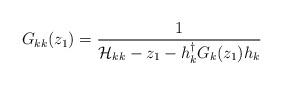
LaTeX: \begin{align*}G_{kk}(z_{1}) = \frac{1}{\mathcal{H}_{kk}-z_{1}-h_{k}^{\dagger}G_{k}(z_{1})h_{k}}\end{align*}